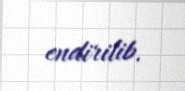
endirilib.